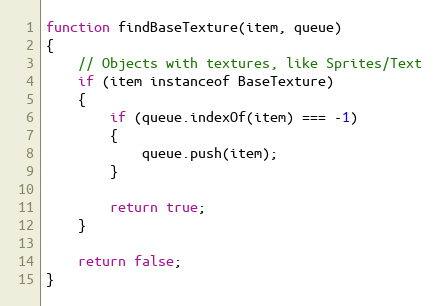
Language: JavaScript
function findBaseTexture(item, queue)
{
    // Objects with textures, like Sprites/Text
    if (item instanceof BaseTexture)
    {
        if (queue.indexOf(item) === -1)
        {
            queue.push(item);
        }

        return true;
    }

    return false;
}